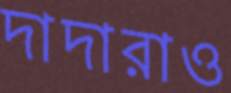
দাদারাও